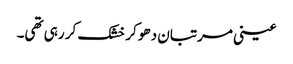
عینی مرتبان دھو کر خشک کر رہی تھی۔